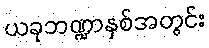
ယခုဘဏ္ဍာနှစ်အတွင်း